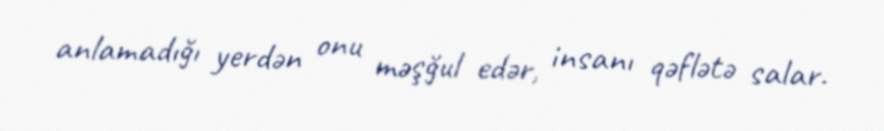
anlamadığı yerdən onu məşğul edər, insanı qəflətə salar.